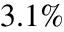
3 . 1 \%